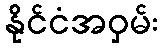
နိုင်ငံအဝှမ်း